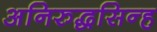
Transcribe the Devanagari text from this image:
अनिरुद्धसिन्ह